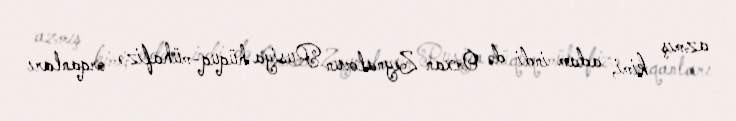
azmış kimi, adam indi də Orxan Zeynalovun Rusiya hüquq-mühafizə orqanları